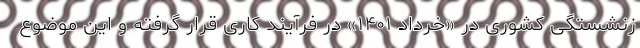
زنشستگی کشوری در «خرداد ۱۴۰۱» در فرآیند کاری قرار گرفته و این موضوع